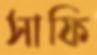
সাফি